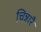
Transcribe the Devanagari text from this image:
चिन्नारै